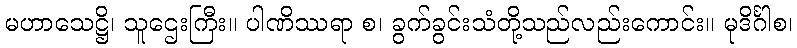
မဟာသေဋ္ဌိ၊ သူဌေးကြီး။ ပါဏိဿရာ စ၊ ခွက်ခွင်းသံတို့သည်လည်းကောင်း။ မုဒိင်္ဂါစ၊